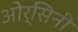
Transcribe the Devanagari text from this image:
ओर्सिनी